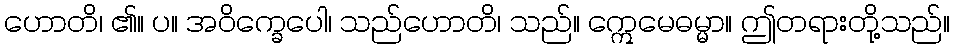
ဟောတိ၊ ၏။ ပ။ အဝိက္ခေပေါ၊ သည်ဟောတိ၊ သည်။ ဣေမေဓမ္မာ။ ဤတရားတို့သည်။